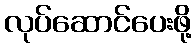
လုပ်ဆောင်ပေးဖို့